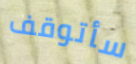
سأتوقف